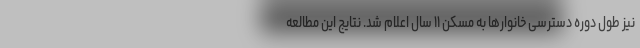
نیز طول دوره دسترسی خانوارها به مسکن ۱۱ سال اعلام شد. نتایج این مطالعه